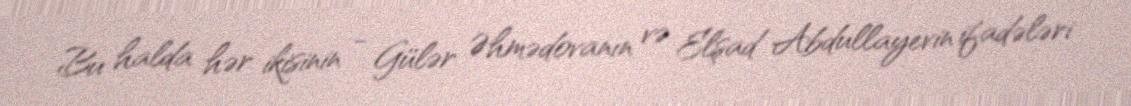
Bu halda hər ikisinin - Gülər Əhmədovanın və Elşad Abdullayevin ifadələri